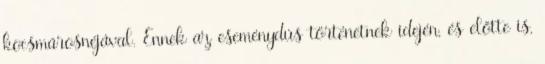
kocsmárosnéjával. Ennek az eseménydús történetnek idején, és előtte is,